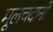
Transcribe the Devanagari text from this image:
मूलचदानी